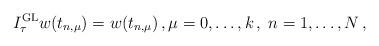
LaTeX: \begin{align*}I_\tau^{\operatorname{GL}} w(t_{n,\mu}) = w(t_{n,\mu})\,, \mu=0,\ldots,k\,, \; n=1,\ldots, N\,,\end{align*}